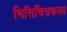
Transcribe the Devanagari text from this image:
भित्तिचित्रकला